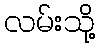
လမ်းသို့